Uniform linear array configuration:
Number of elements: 8
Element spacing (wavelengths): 0.75
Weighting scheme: uniform
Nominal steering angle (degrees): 45
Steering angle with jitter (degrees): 44.102
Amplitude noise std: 0.05
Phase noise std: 0.05

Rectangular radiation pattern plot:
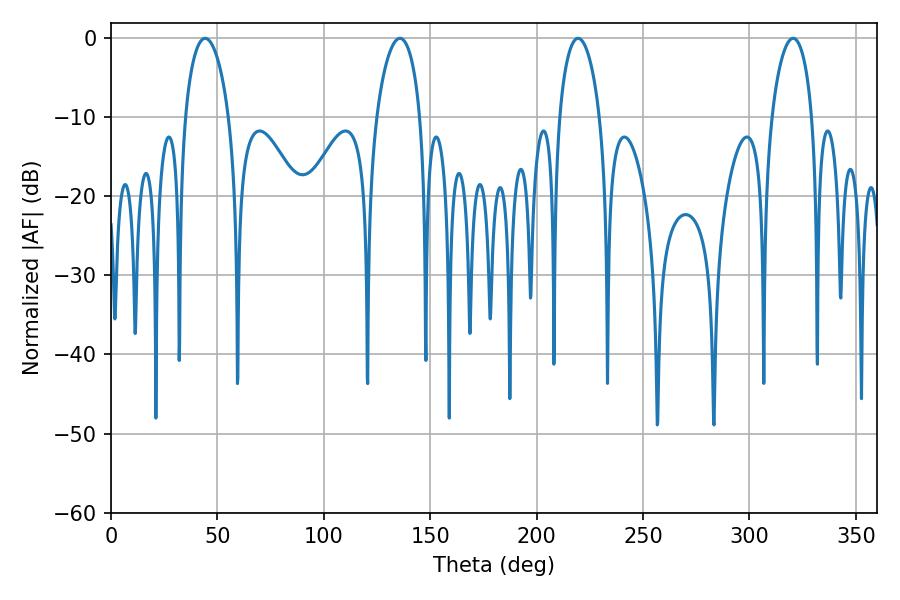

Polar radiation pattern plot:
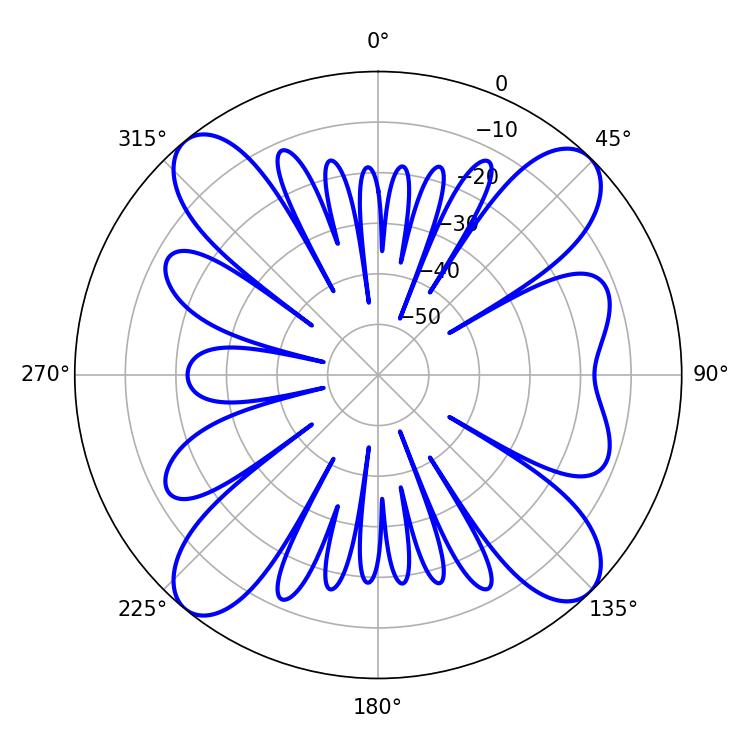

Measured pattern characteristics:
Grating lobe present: TRUE
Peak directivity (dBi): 14.818
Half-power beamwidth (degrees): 11.7
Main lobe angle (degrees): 44.28